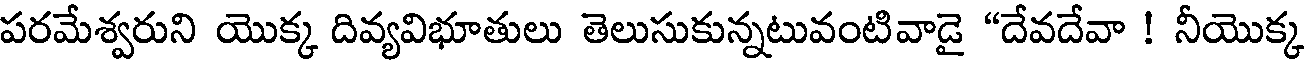
పరమేశ్వరుని యొక్క దివ్యవిభూతులు తెలుసుకున్నటువంటివాడై "దేవదేవా ! నీయొక్క